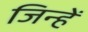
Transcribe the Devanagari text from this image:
जिन्हेें